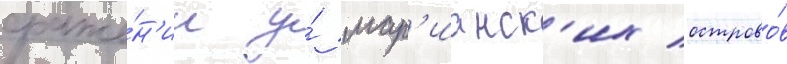
сраже́н'ии у́ мар'ианск'их острово́в